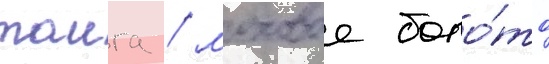
таига / моховое боло́то